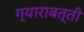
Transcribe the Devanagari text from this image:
ग्याराबत्ती